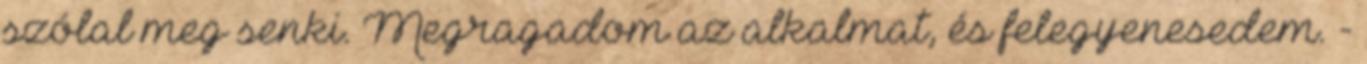
szólal meg senki. Megragadom az alkalmat, és felegyenesedem. -